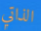
الذاتي